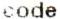
CODE